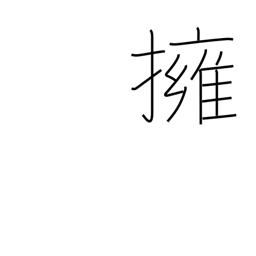
Meaning: hug